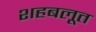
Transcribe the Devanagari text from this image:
शहबलूत